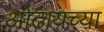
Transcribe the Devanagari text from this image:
ओढायच्या